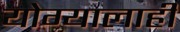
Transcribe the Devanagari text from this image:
योग्यालाही